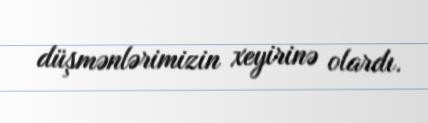
düşmənlərimizin xeyirinə olardı.